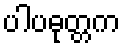
ပါပဓုတ္တက